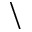
\backslash